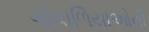
ગોવાળિયાઓની